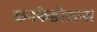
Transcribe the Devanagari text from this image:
कनफेडरेशन्स